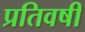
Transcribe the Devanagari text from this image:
प्रतिवषी